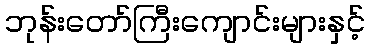
ဘုန်းတော်ကြီးကျောင်းများနှင့်